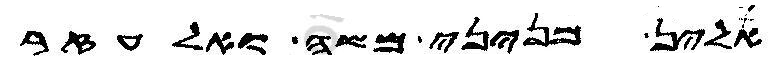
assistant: אלין מניני משה ואלעזר